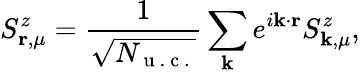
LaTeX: S_{\mathbf{r},\mu}^{z}=\frac{1}{\sqrt{N_{\mathrm{~u~.~c~.~}}}}\sum_{\mathbf{k}}e^{i\mathbf{k}\cdot\mathbf{r}}S_{\mathbf{k},\mu}^{z},